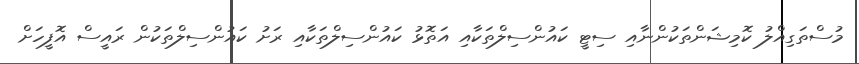
މުސްތަގިއްލު ކޮމިޝަންތަކުންނާއި ސިޓީ ކައުންސިލްތަކާއި އަތޮޅު ކައުންސިލްތަކާއި ރަށު ކައުންސިލްތަކުން ރައީސް އޮފީހަށް